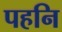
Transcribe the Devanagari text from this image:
पहनि